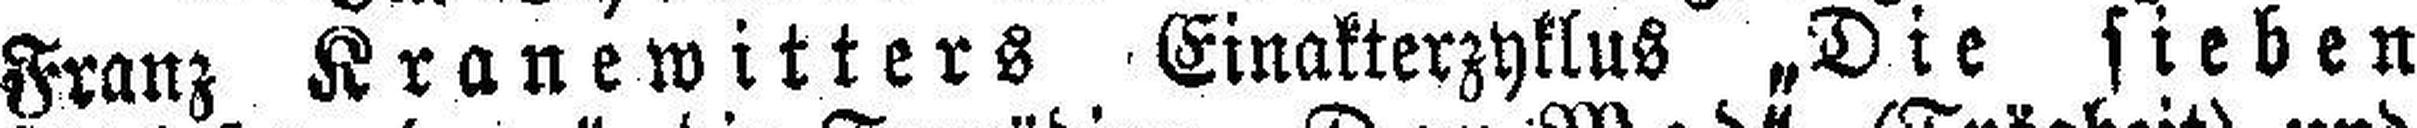
Franz Kranewitters Einakterzyklus „Die sieben